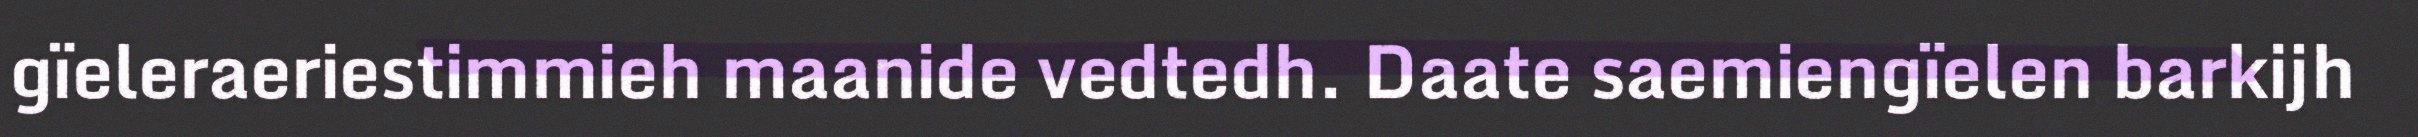
gïeleraeriestimmieh maanide vedtedh. Daate saemiengïelen barkijh